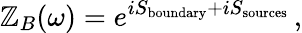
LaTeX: \mathbb{Z}_{B}(\omega)=e^{iS_{\mathrm{{boundary}}}+iS_{\mathrm{{sources}}}}\, ,